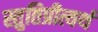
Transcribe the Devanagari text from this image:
स्तुतिप्रीत्यर्थ